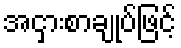
အငှားစာချုပ်ဖြင့်